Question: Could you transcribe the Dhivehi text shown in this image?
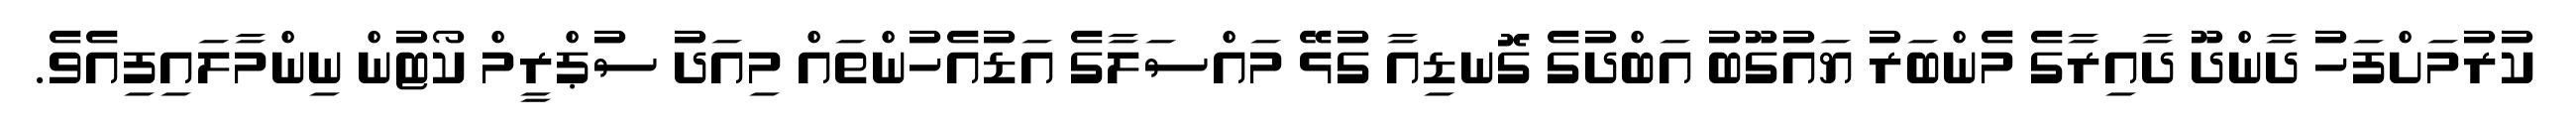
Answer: ކުރުމަށްފަހު ދާންދޫ ދާއިރާގެ މެންބަރު ޔައުގޫބު އަބްދުގެ ގޮނޑިއާ ގުޅޭ މައްސަލާގެ އަޑުއެހުންތައް މިއަދު ސުޕްރީމް ކޯޓުން ނިންމާލައިފިއެވެ.